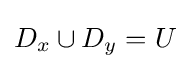
D_{x}\cup D_{y}=U